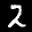
Label: 2